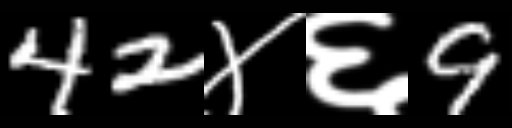
Text: 42४६9